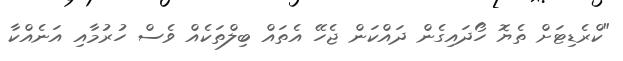
"ކްރެޑިޓަށް ތެޔޮ ހޯދައިގެން ދައްކަން ޖެހޭ އެތައް ބިލްތަކެއް ވެސް ހުރުމާއި އަނެއްކާ